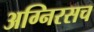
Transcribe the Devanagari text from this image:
अग्निरसच